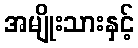
အမျိုးသားနှင့်